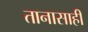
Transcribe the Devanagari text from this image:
तानासाही